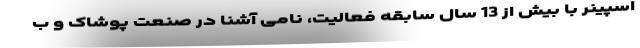
اسپینر با بیش از 13 سال سابقه فعالیت، نامی آشنا در صنعت پوشاک و ب